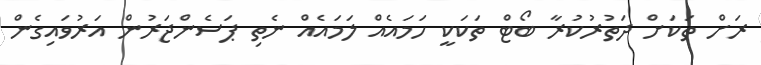
ރަށް ތަކަށް ދަތުރުކުރާ ބޯޓް ތަކަކީ ހަމައެއް ލަމައެއް ނެތި ޕަސެންޖަރުން އަރުވައިގެން